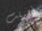
أهملت